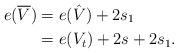
LaTeX: \begin{align*} e( \overline V ) &= e( \hat V ) + 2 s_1 \\ &= e( V_{t} ) + 2s + 2s_1.\end{align*}